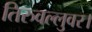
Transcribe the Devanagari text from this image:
तिरुवल्लुवर।